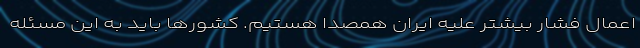
اعمال فشار بیشتر علیه ایران همصدا هستیم. کشورها باید به این مسئله